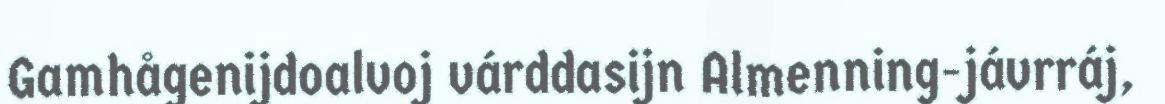
Gamhågenijdoalvoj várddasijn Almenning-jávrráj,